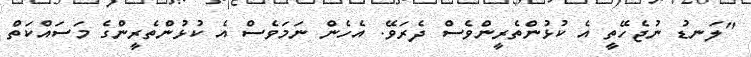
"ލަނޑު ނުޖެހޭތީ އެ ކުޅުންތެރީންވެސް ދެރަވޭ. އެހެން ނަމަވެސް އެ ކުޅުންތެރީންގެ މަސައްކަތް